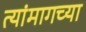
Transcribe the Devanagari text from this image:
त्यांमागच्या